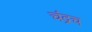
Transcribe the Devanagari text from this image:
चंद्रच